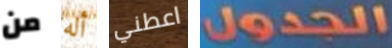
من أله اعطني الجدول